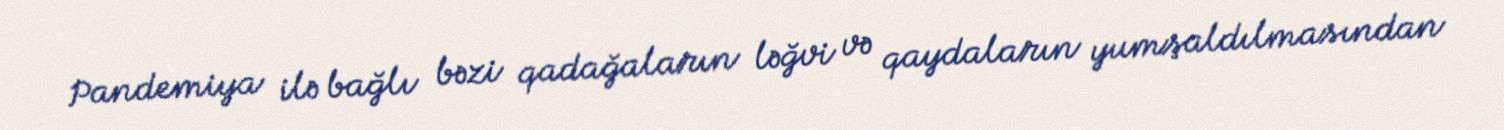
Pandemiya ilə bağlı bəzi qadağaların ləğvi və qaydaların yumşaldılmasından